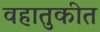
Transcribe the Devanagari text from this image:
वहातुकीत